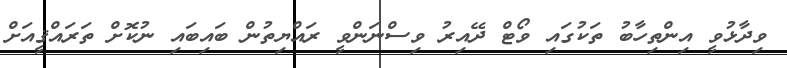
ވިދާޅުވީ އިންތިހާބު ތަކުގައި ވޯޓް ދޭއިރު ވިސްނަންވީ ރައްޔިތުން ބައިބައި ނުކޮށް ތަރައްޤީއަށް